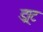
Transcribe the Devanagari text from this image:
ड्रा्ट